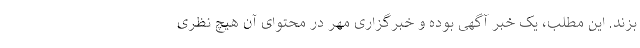
بزند. این مطلب، یک خبر آگهی بوده و خبرگزاری مهر در محتوای آن هیچ نظری